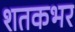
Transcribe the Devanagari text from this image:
शतकभर